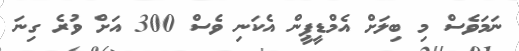
ނަމަވެސް މި ބިލަށް އެމްޑީޕީން އެކަނި ވެސް 300 އަށް ވުރެ ގިނަ